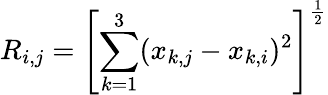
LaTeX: R_{i,j}=\left[\sum_{k=1}^{3}(x_{k,j}-x_{k,i})^{2}\right]^{\frac{1}{2}}